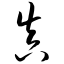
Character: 真